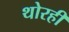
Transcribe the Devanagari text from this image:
थोरही